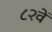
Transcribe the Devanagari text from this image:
८२वें